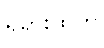
ရုရှားထုတ်